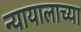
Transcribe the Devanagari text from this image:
न्यायालाच्या